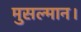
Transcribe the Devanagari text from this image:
मुसल्मान।